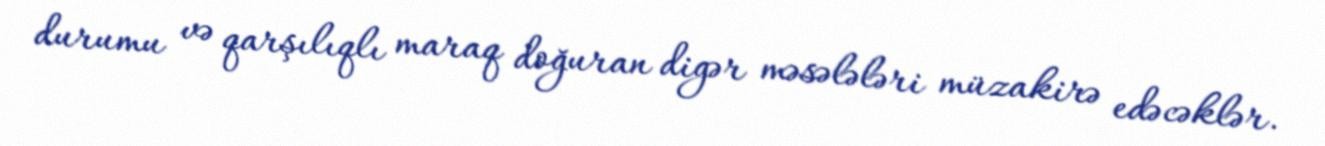
durumu və qarşılıqlı maraq doğuran digər məsələləri müzakirə edəcəklər.